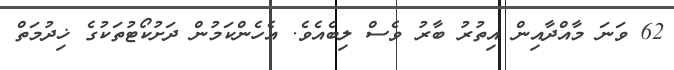
62 ވަނަ މާއްދާއިން އިތުރު ބާރު ވެސް ލިބެއެވެ. އެހެންކަމުން ދަށުކޯޓުތަކުގެ ޚިދުމަތް